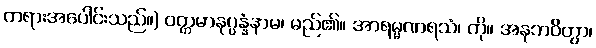
တရားအပေါင်းသည်။) ဝတ္တမာနုပ္ပန္နံနာမ၊ မည်၏။ အာရမ္မဏရသံ၊ ကို။ အနုဘဝိတွာ၊